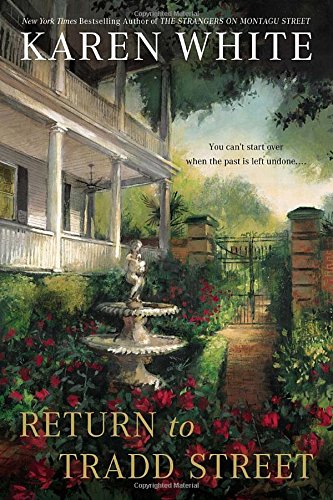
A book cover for Return to Tradd Street; Karen White; Mystery, Thriller & Suspense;